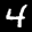
Label: 4